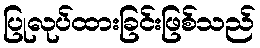
ပြုလုပ်ထားခြင်းဖြစ်သည်